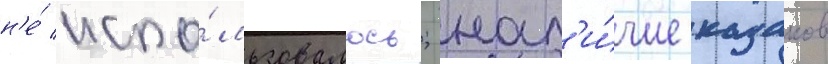
н'е́ испо́льзовалось; нал'и́чие казаков